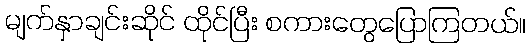
မျက်နှာချင်းဆိုင် ထိုင်ပြီး စကားတွေပြောကြတယ်။